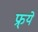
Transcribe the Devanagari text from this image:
फ्र्ये